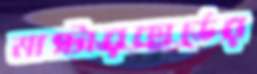
মাস্টারকার্ডের